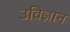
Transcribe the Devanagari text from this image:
उविज्ञान